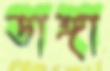
ডাঙ্গা